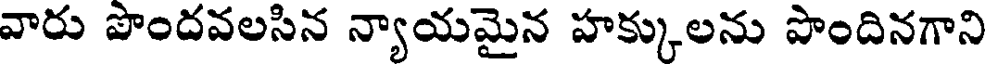
వారు పొందవలసిన న్యాయమైన హక్కులను పొందినగాని